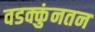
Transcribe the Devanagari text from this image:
वडक्कुंनतन